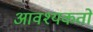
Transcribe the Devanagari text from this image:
आवश्यकतों